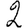
Digit: 2